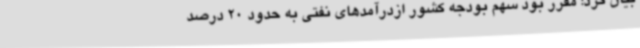
بیان کرد: مقرر بود سهم بودجه کشور ازدرآمدهای نفتی به حدود 20 درصد